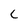
Character: c